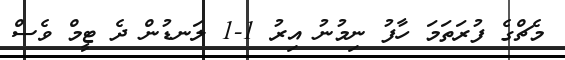
މެޗްގެ ފުރަތަމަ ހާފު ނިމުނު އިރު 1-1 ލަނޑުން ދެ ޓީމް ވެސް